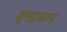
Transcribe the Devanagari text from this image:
सुभद्रावरून